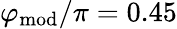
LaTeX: \varphi_{\mathrm{mod}}/\pi=0.45